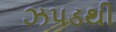
ઝપડથી